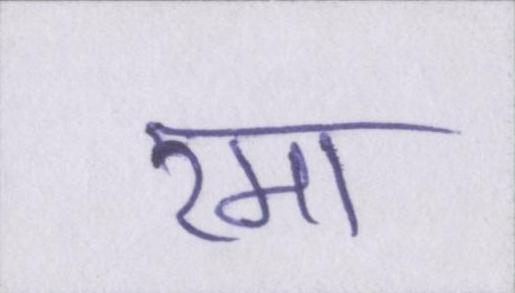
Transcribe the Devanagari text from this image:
रमा